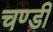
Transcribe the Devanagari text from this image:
चण्‍डी